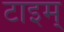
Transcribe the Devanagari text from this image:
टाइम्